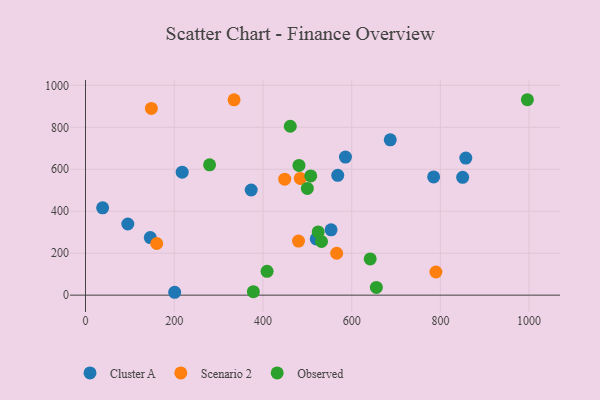
{"axis": {"x": "Distance", "y": "Rating"}, "legend": ["Cluster A", "Observed", "Scenario 2"], "data": [{"x": "568.6", "y": 570.9, "type": "Cluster A"}, {"x": "95.4", "y": 339.2, "type": "Cluster A"}, {"x": "201.0", "y": 13.7, "type": "Cluster A"}, {"x": "857.3", "y": 653.4, "type": "Cluster A"}, {"x": "553.6", "y": 311.2, "type": "Cluster A"}, {"x": "217.9", "y": 585.9, "type": "Cluster A"}, {"x": "520.1", "y": 267.8, "type": "Cluster A"}, {"x": "850.2", "y": 561.5, "type": "Cluster A"}, {"x": "373.5", "y": 501.2, "type": "Cluster A"}, {"x": "146.0", "y": 274.6, "type": "Cluster A"}, {"x": "38.6", "y": 416.3, "type": "Cluster A"}, {"x": "784.8", "y": 563.4, "type": "Cluster A"}, {"x": "586.0", "y": 658.1, "type": "Cluster A"}, {"x": "687.0", "y": 740.4, "type": "Cluster A"}, {"x": "148.4", "y": 889.9, "type": "Scenario 2"}, {"x": "334.9", "y": 931.1, "type": "Scenario 2"}, {"x": "789.9", "y": 110.4, "type": "Scenario 2"}, {"x": "566.2", "y": 199.7, "type": "Scenario 2"}, {"x": "160.6", "y": 246.2, "type": "Scenario 2"}, {"x": "480.2", "y": 257.8, "type": "Scenario 2"}, {"x": "484.1", "y": 556.1, "type": "Scenario 2"}, {"x": "449.1", "y": 552.8, "type": "Scenario 2"}, {"x": "532.1", "y": 255.6, "type": "Observed"}, {"x": "409.3", "y": 113.4, "type": "Observed"}, {"x": "524.5", "y": 301.1, "type": "Observed"}, {"x": "461.6", "y": 804.9, "type": "Observed"}, {"x": "507.8", "y": 568.2, "type": "Observed"}, {"x": "655.7", "y": 37.0, "type": "Observed"}, {"x": "996.1", "y": 931.4, "type": "Observed"}, {"x": "279.7", "y": 620.9, "type": "Observed"}, {"x": "378.4", "y": 16.7, "type": "Observed"}, {"x": "481.2", "y": 618.1, "type": "Observed"}, {"x": "641.8", "y": 172.7, "type": "Observed"}, {"x": "500.1", "y": 508.5, "type": "Observed"}]}